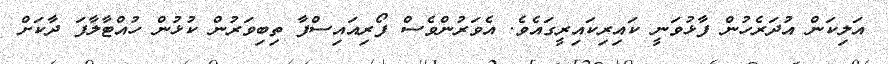
އަލިކަން އުދަރެހުން ފާޅުވަނީ ކައިރިކައިރީގައެވެ. އެވަރުންވެސް ފޯރިއައިސްފާ ތިބިވަރުން ކުޅުން ހުއްޓާލާފަ ދާކަށް